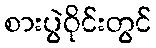
စားပွဲဝိုင်းတွင်